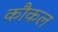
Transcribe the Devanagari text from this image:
कौकल